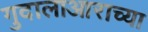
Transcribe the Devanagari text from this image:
गुदालाआराच्या